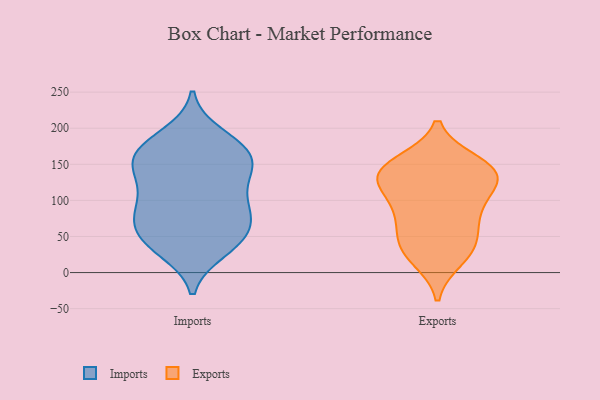
{"axis": {"x": "Website Visitors", "y": "Value"}, "legend": ["Exports", "Imports"], "data": [{"x": "", "y": 162, "type": "Imports"}, {"x": "", "y": 190, "type": "Imports"}, {"x": "", "y": 176, "type": "Imports"}, {"x": "", "y": 31, "type": "Imports"}, {"x": "", "y": 168, "type": "Imports"}, {"x": "", "y": 142, "type": "Imports"}, {"x": "", "y": 171, "type": "Imports"}, {"x": "", "y": 123, "type": "Imports"}, {"x": "", "y": 85, "type": "Imports"}, {"x": "", "y": 39, "type": "Imports"}, {"x": "", "y": 40, "type": "Imports"}, {"x": "", "y": 50, "type": "Imports"}, {"x": "", "y": 156, "type": "Imports"}, {"x": "", "y": 91, "type": "Imports"}, {"x": "", "y": 74, "type": "Imports"}, {"x": "", "y": 82, "type": "Imports"}, {"x": "", "y": 142, "type": "Imports"}, {"x": "", "y": 87, "type": "Imports"}, {"x": "", "y": 128, "type": "Imports"}, {"x": "", "y": 53, "type": "Imports"}, {"x": "", "y": 143, "type": "Exports"}, {"x": "", "y": 136, "type": "Exports"}, {"x": "", "y": 151, "type": "Exports"}, {"x": "", "y": 81, "type": "Exports"}, {"x": "", "y": 81, "type": "Exports"}, {"x": "", "y": 34, "type": "Exports"}, {"x": "", "y": 138, "type": "Exports"}, {"x": "", "y": 122, "type": "Exports"}, {"x": "", "y": 129, "type": "Exports"}, {"x": "", "y": 139, "type": "Exports"}, {"x": "", "y": 34, "type": "Exports"}, {"x": "", "y": 20, "type": "Exports"}, {"x": "", "y": 47, "type": "Exports"}, {"x": "", "y": 90, "type": "Exports"}]}